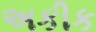
અકીક